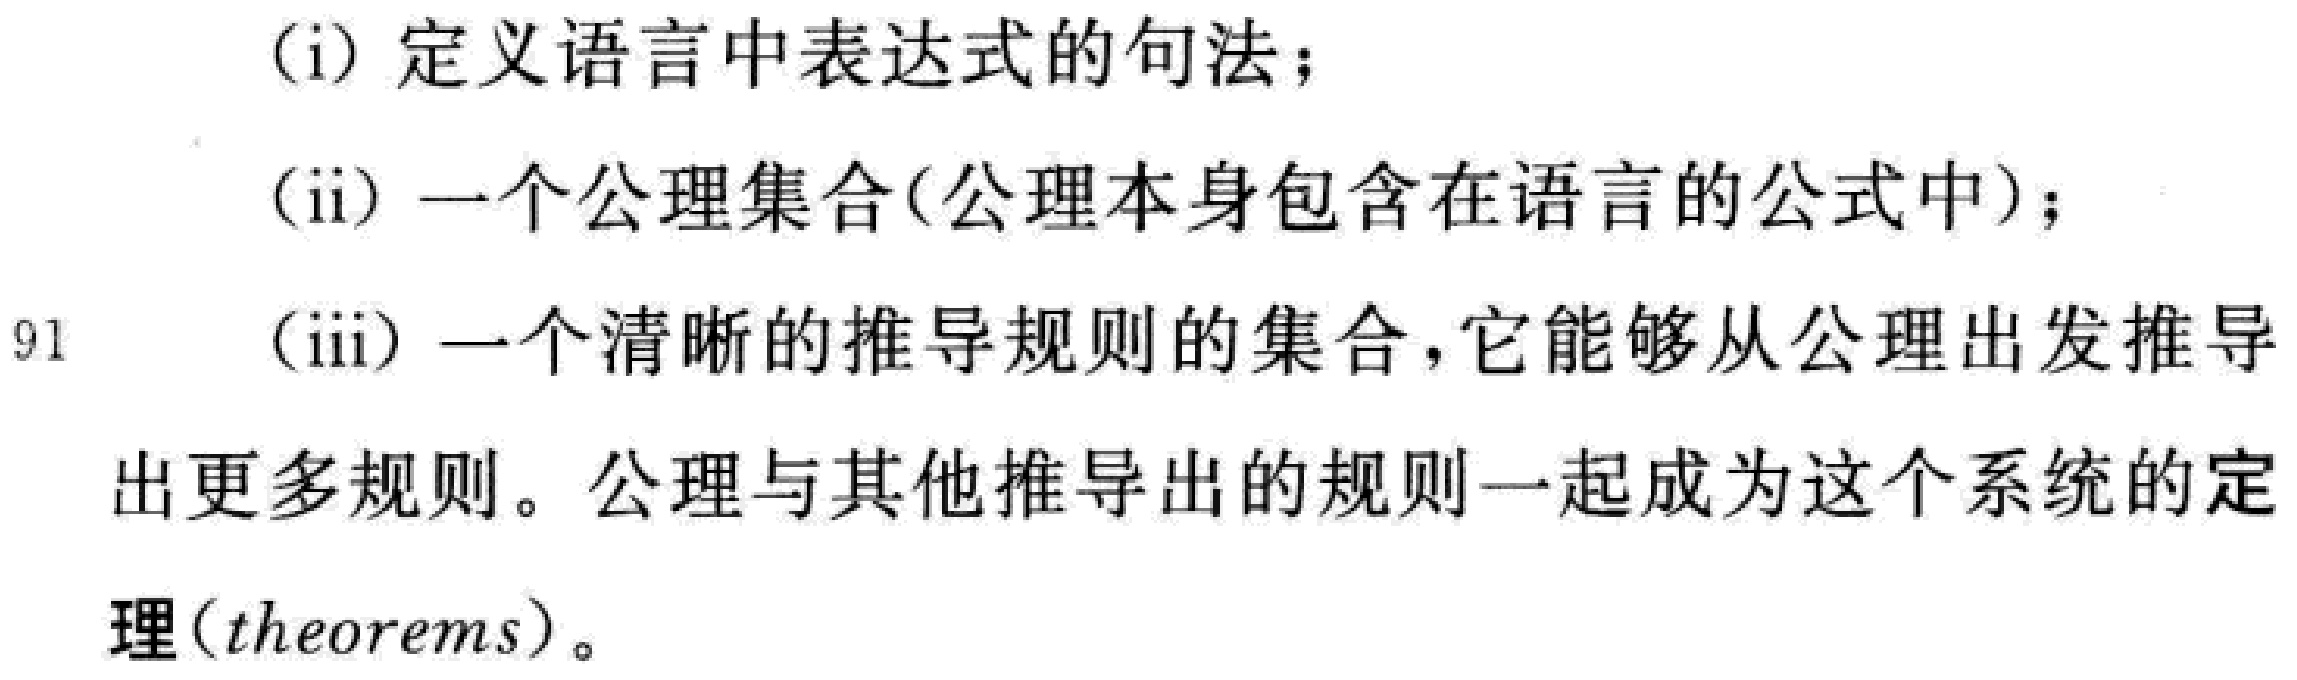
(i) 定义语言中表达式的句法；
(ii) 一个公理集合(公理本身包含在语言的公式中)；
(iii) 一个清晰的推导规则的集合，它能够从公理出发推导
出更多规则。公理与其他推导出的规则一起成为这个系统的定
理(theorems)。